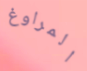
المراوغ